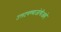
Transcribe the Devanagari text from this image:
उलटवण्याजोगीआहे